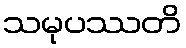
သမုပဿတိ